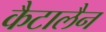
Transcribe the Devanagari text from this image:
कैटालैन